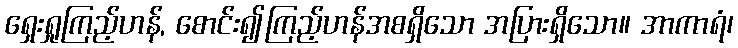
ရှေးရှုကြည့်ဟန်, စောင်း၍ကြည့်ဟန်အစရှိသော အပြားရှိသော။ အာကာရံ၊